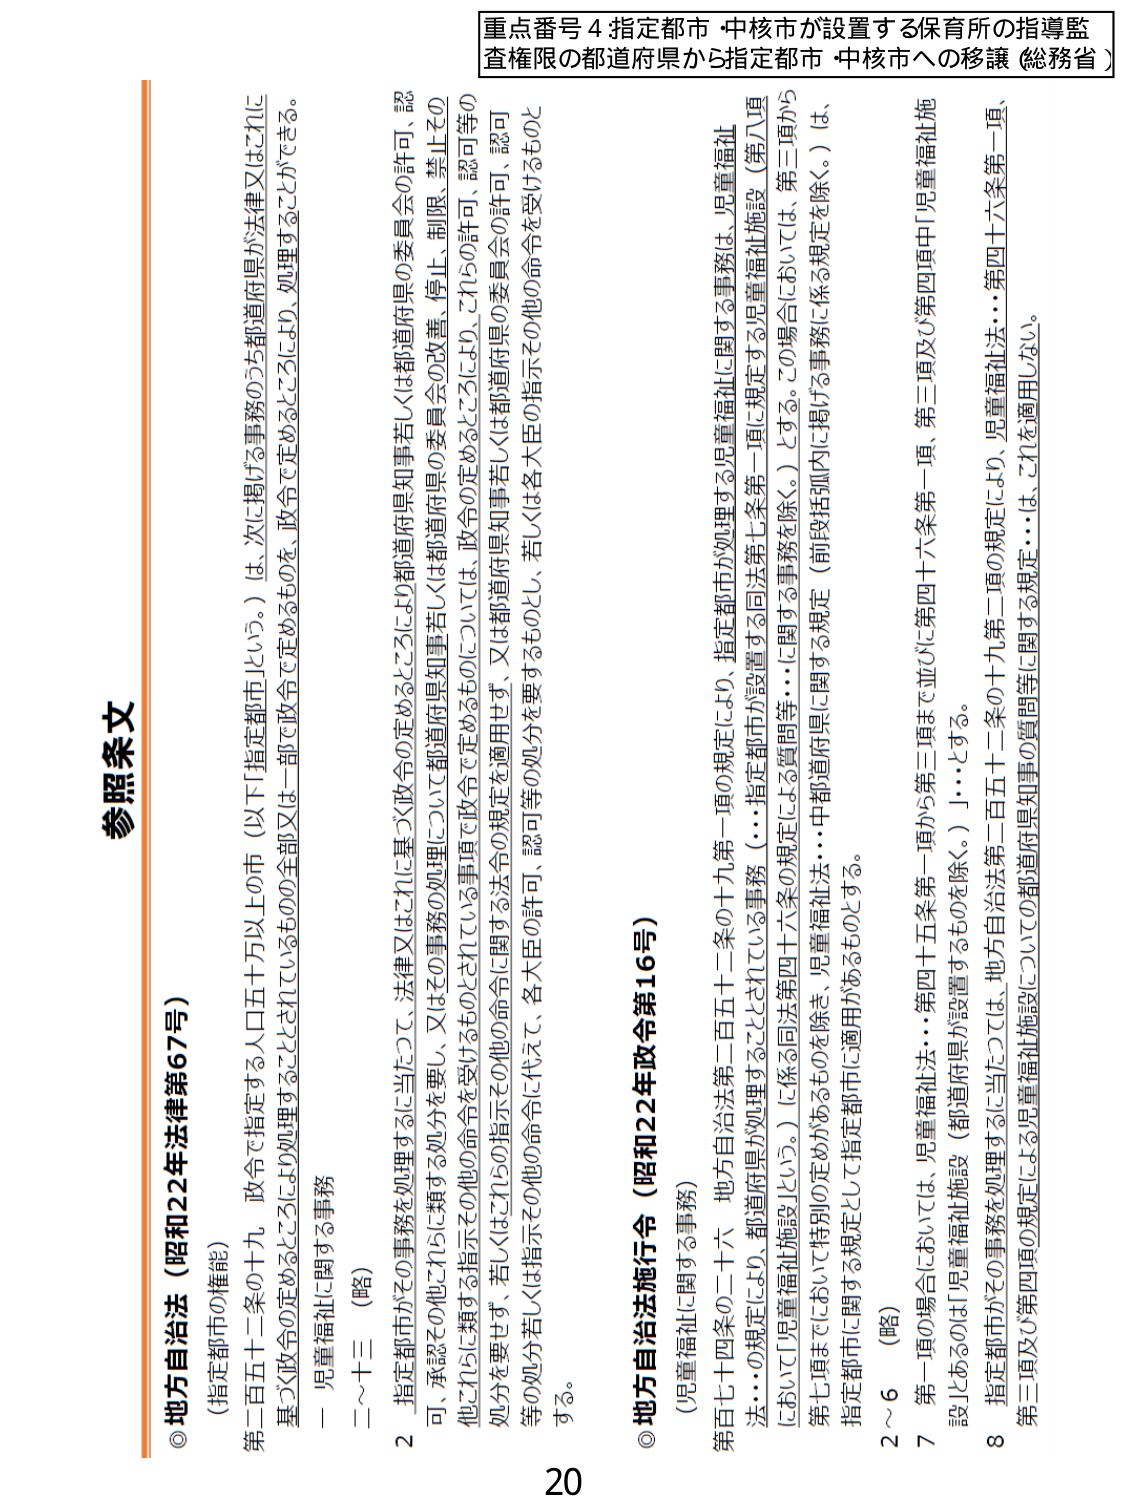
重点番号 4 指定都市・中核市が設置する保育所の指導監査権限の都道府県から指定都市・中核市への移譲（総務省）

参照条文

◎ 地方自治法（昭和22年法律第67号）
（指定都市の権能）
第二百五十二条の十九 政令で指定する人口五十万以上の市（以下「指定都市」という。）は、次に掲げる事務のうち都道府県が法律又はこれに基づく政令の定めるところにより処理することとされているものの全部又は一部で政令で定めるものを、政令で定めるところにより、処理することができる。
一 児童福祉に関する事務
二～十三 （略）
２ 指定都市がその事務を処理するに当たつて、法律又はこれに基づく政令の定めるところにより都道府県知事若しくは都道府県の委員会の許可、認可、承認その他これに類する指示を要し、又はその事務の処理について都道府県知事若しくは都道府県の委員会の改善、停止、制限、禁止その他これらに類する指示その他の命令を受けなければならない事項で政令で定めるものについては、政令の定めるところにより、これらの許可、認可等の処分を要せず、若しくはこれらの指示その他の命令に関する法令の規定を適用せず、又は都道府県知事若しくは都道府県の委員会の許可、認可等の処分若しくは指示その他の命令に代えて、各大臣の許可、認可等の処分を要するものとし、若しくは各大臣の指示その他の命令を受けるものとする。

◎ 地方自治法施行令（昭和22年政令第16号）
（児童福祉に関する事務）
第百七十四条の二十六 地方自治法第二百五十二条の十九第一項の規定により、指定都市が処理する児童福祉に関する事務は、児童福祉法…の規定により、都道府県が処理することとされている事務（…指定都市が設置する同法第七条第一項に規定する児童福祉施設（第八項において「児童福祉施設」という。）に係る同法第四十六条の規定による質問等…に関する事務を除く。）とする。この場合においては、第三項から第七項までにおいて特別の定めがあるものを除き、児童福祉法…中都道府県に関する規定（前段括弧内に掲げる事務に係る規定を除く。）は、指定都市に関する規定として指定都市に適用があるものとする。
２～６ （略）
７ 第一項の場合においては、児童福祉法…第四十五条第一項から第三項まで並びに第四十六条第一項、第三項及び第四項中「児童福祉施設」とあるのは「児童福祉施設（都道府県が設置するものを除く。）」…とする。
８ 指定都市がその事務を処理するに当たつては、地方自治法第二百五十二条の十九第二項の規定により、児童福祉法…第四十六条第二項、第三項及び第四項の規定による児童福祉施設についての都道府県知事の質問等に関する規定…は、これを適用しない。

20